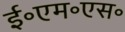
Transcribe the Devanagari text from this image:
ई॰एम॰एस॰